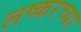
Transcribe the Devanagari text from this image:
लष्करच्या